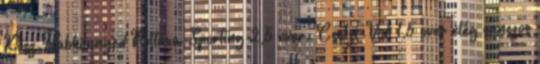
Kösz.Habkönnyed Poltava-Sporting 2,5 over: Cselzi-Vidi 1,5 over elég sanszos